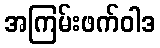
အကြမ်းဖက်ဝါဒ